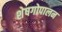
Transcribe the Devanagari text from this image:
शेषगोपालन